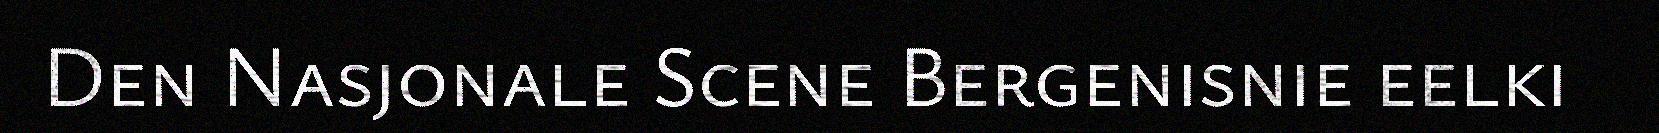
Den Nasjonale Scene Bergenisnie eelki